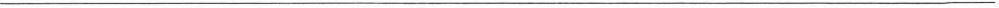
___